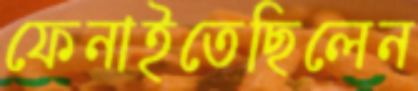
ফেনাইতেছিলেন